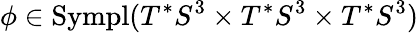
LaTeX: \phi\in\textup{Sympl}(T^{*}S^{3}\times T^{*}S^{3}\times T^{*}S^{3})